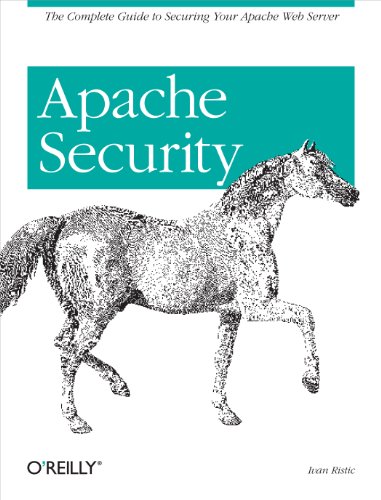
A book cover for Apache Security; Ivan Ristic; Computers & Technology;